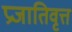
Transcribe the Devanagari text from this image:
प्रजातिवृत्त